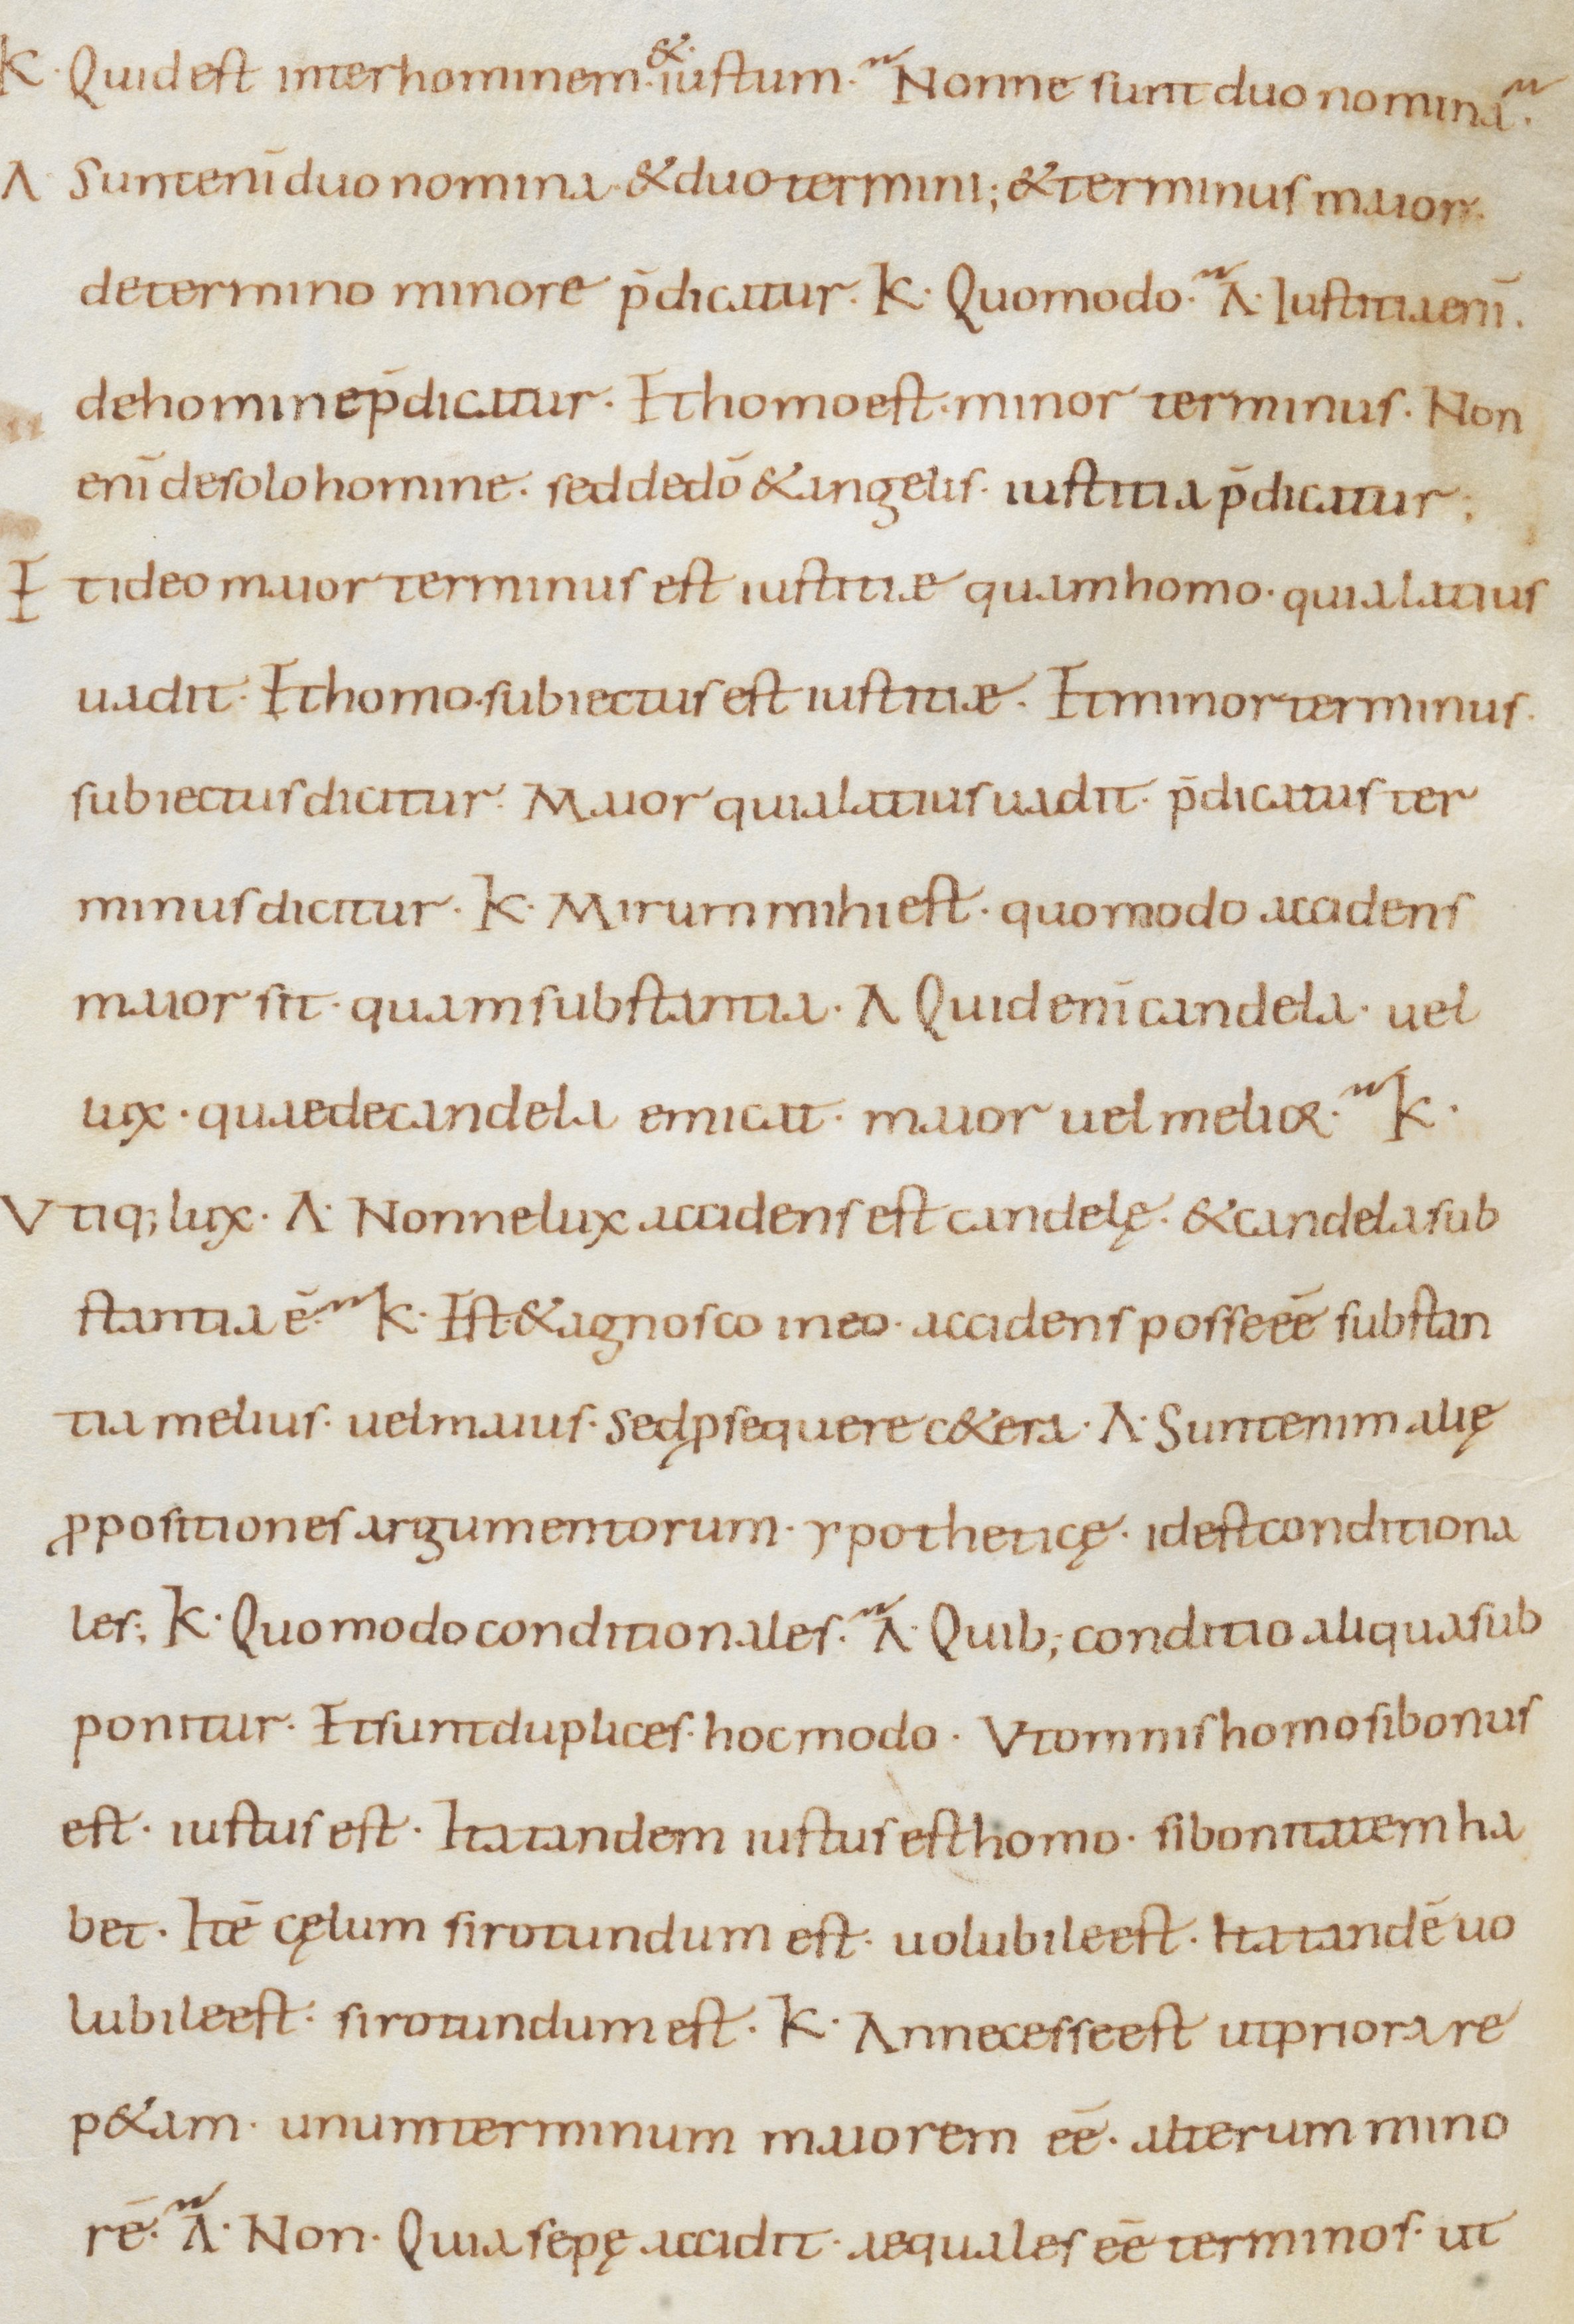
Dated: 800–899